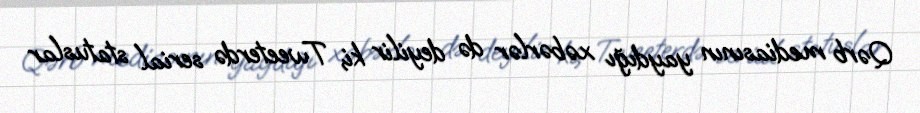
Qərb mediasının yaydığı xəbərlər də deyilir ki, Tweeterdə serial statuslar